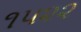
૧૫૨૨